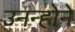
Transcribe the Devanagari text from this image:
उनन्होने